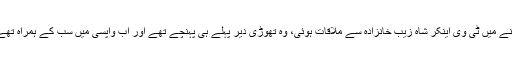
اتنے میں ٹی وی اینکر شاہ زیب خانزادہ سے ملاقات ہوئی، وہ تھوڑی دیر پہلے ہی پہنچے تھے اور اب واپسی میں سب کے ہمراہ تھے۔